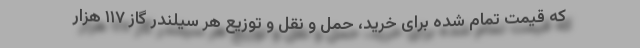
که قیمت تمام شده برای خرید، حمل و نقل و توزیع هر سیلندر گاز ۱۱۷ هزار